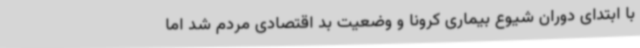
با ابتدای دوران شیوع بیماری کرونا و وضعیت بد اقتصادی مردم شد اما